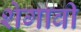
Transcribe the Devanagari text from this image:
शेगावी